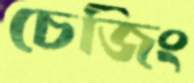
চেজিং